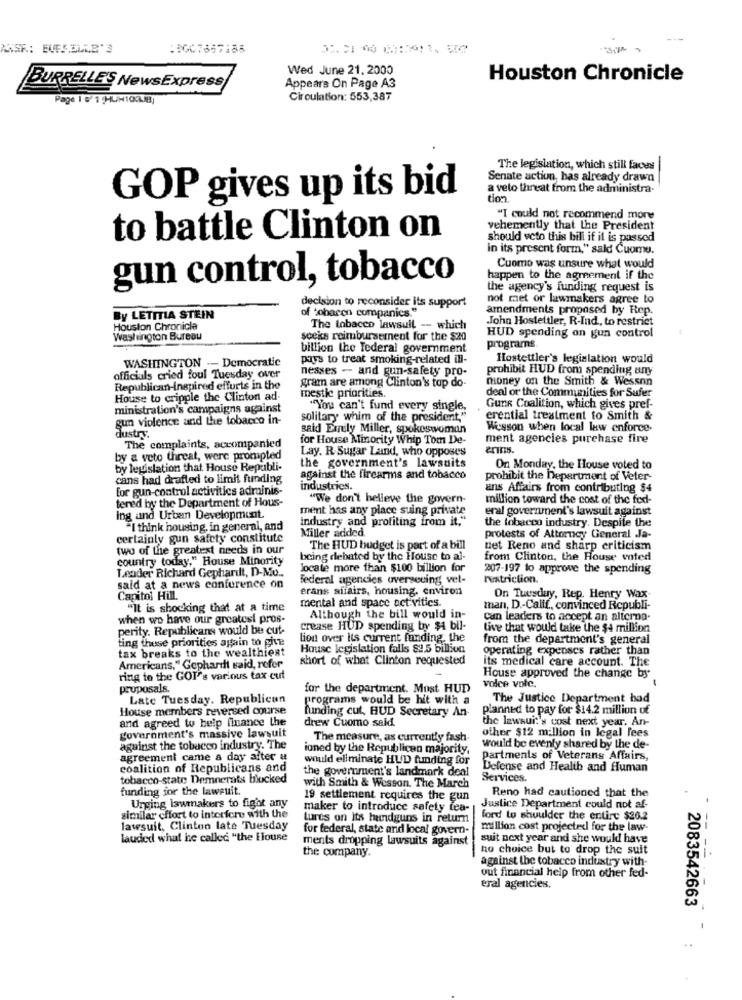
ANSE: EUFS.ELLE'3
Wed June 21, 2000
Houston Chronicle
BURRELLE'S NewsExpress
Appears On Page A3
Page 1 5/ 1 ,HUH103.JB
Circulation: 553,387
The legislation, which still faces
Senate action, has already drawn
a velo threat from the administra-
GOP gives up its bid
tion
"I could not recommend more
vehemently that the President
to battle Clinton on
should veto this bill if it is passed
in its present form," sald Cuomu.
Cuomo was unsure what would
gun control, tobacco
happen to the agreement if the
the agency's funding request is
not met or lawmakers agree to
decision to reconsider its support
of tobacon companies."
amendments proposed by Rep.
By LETITIA STEIN
.John Hostettler, R-Ind, to restrict
Houston Chronicle
The tobacco lawsuit -- which
Washington Bureau
soeks reimbursement for the $20
HUD spending on gun control
billion the Federal government
programs.
pays to treat smoking-related ill-
Hostettler's legislation would
WASHINGTON -- Democratie
nesses - and gun-safety pro-
prohibit HUD from spending any
officials cried foul Tuesday over
gram are among Clinton's top do-
money on the Smith & Wesson
Republican-Inspired efforts in the
mestie priorities.
deal or the Communities for Sufer
House to cripple the Clinton ad-
ministration's campaigns against
"You can't fund every single,
Gunk Coalition, which gives pref-
gun violence and the tobacco in-
solitary whim of the president."
erential treatment to Smith &
said Emily Miller, spokeswoman
Wesson when local law enforce.
dustry.
for House Minority Whip Tom De-
ment agencies purchase fire
The complaints, accompanied
Lay. R. Sugar Land, who opposes
eriris.
by a veto threat, were prompted
the government's lawsuits
by legislation that House Republi-
On Monday, the House voted to
cans had drafted to limit funding
against the firearms and tobacco
prohibit the Department of Veter-
for gun-control activities adrainis-
industries.
ans Affairs from contributing $4
tered by the Department of Hous-
"We don't believe the govern-
million toward the cost of the fed-
ment has any place suing private
eral government's lawsuit against
Ing and Urban Development
industry and profiting from it."
the tobacco industry. Despite the
"I think housing. in general, and
Miller added
certainly gun safety constitute
protests of Attorney General Ja-
two of the greatest needs in our
The HUD budget is part of a bill
net Reno and sharp criticism
country today," House Minority
being debated by the House to al-
from Clinton, the House voted
Leader Richard Gephardt, D-Mo ..
locate more than $100 billion for
207-197 to approve the spending
Federal agencies overseuing vel-
restriction.
said at a news conference on
erans affairs, housing. environ
Capitol Hill.
mental and space act vitics.
On Tuesday, Rep. Henry Wax
"It is shocking that at a time
man, D .- Calif, convinced Republi-
when wo have our greatest pros-
Although the bill would in-
can leaders to accept an alterna-
perity. Republicans would be cut-
crease HUD spending by $1 bil-
tive that would take the $4 million
ting thuse priorities again to give
lion over its current funding the
from the department's general
tax breaks to the wealthiest
House legislation falls $2.5 billion
operating expenses rather than
short of what Clinton requested
its medical care account. The
Americans," Gephardt said, refer
ring to the GOI"'s various tax cut
House approved the change by
proposals.
for the department. Must HUD
volce vole.
Late Tuesday. Republican
programs would be hit with a
The Justice Department had
House members reversed course
funding cut, HUD Secretary An-
planned to pay for $14.2 million of
and agreed to help finance the
drew Cuomo sald.
the lawsuit's cost next year. An-
government's massive lawsuit
other $12 million in legal fees
The measure, as currently fash.
against the tobacco industry. The
ioned by the Republican majority,
would be evenly shared by the de-
agreement came a day after &
would eliminate HUD funding for
Partments of Veterans Affairs,
coalition of Republicans and
the government's landmark deal
Defense and Health and Human
tobacco-state Demnerats blocked
Services.
funding for the lawsuit.
with Smith & Wesson. The March
Reno had cautioned that the
19 settlement requires the gun
.
Urging lawmakers to fight any
maker to introduce safety tea-
Justice Department could not af-
similar effort to interfere with the
Lures on its hundguns in return
ford to shoulder the entire $20.2
lawsuit, Clinton late Tuesday
for federal, state and local govern-
million cost projected for the law-
lauded what he called "the Elouse
ments dropping lawsuits against
suit next year and she would have
the company.
ho choice but to drop the suit
against the tobacco industry with-
out financial help from other fed-
eral agencies.
2083542663